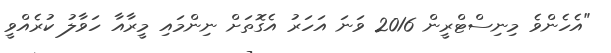
"އެހެންވެ މިނިސްޓްރީން 2016 ވަނަ އަހަރު އެގޮތަށް ނިންމައި މީރާއާ ހަވާލު ކުރެއްވީ